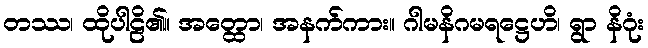
တဿ၊ ထိုပါဠိ၏။ အတ္ထော၊ အနက်ကား။ ဂါမနိဂမရဋ္ဌေဟိ၊ ရွာ နိဂုံး